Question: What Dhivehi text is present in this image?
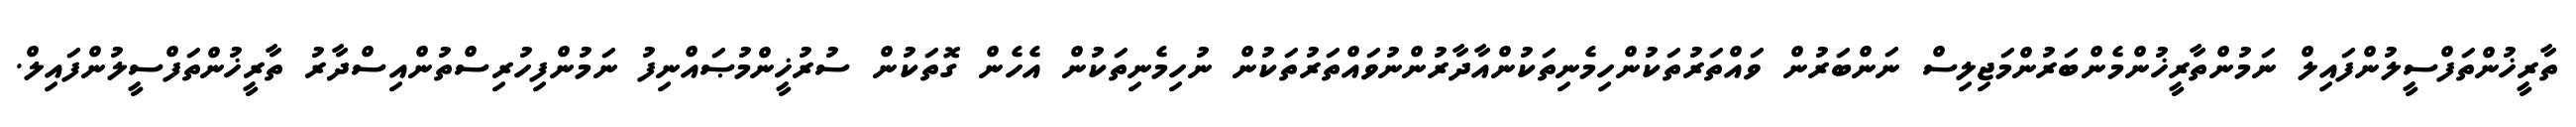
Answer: ތާރީޚުންތަފްސީލުންފައިލް ނަމުންތާރީޚުންމެންބަރުންމަޖިލިސް ނަންބަރުން ވައްތަރުތަކުންހިމެނިތަކުންއާދާރުންނުވައްތަރުތަކުން ނުހިމެނިތަކުން އެހެން ގޮތަކުން ސުރުޚީންމުޞައްނިފު ނަމުންފިހުރިސްތުންއިސްދާރު ތާރީޚުންތަފްސީލުންފައިލް.